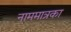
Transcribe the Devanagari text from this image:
नाममात्रका